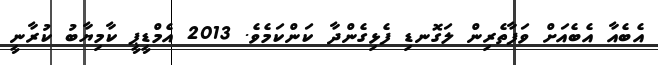
އެބެއާ އެބެއަށް ވަފާތެރިން ލަގޮނޑި ފެޅިގެންދާ ކަންކަމެވެ. 2013 އެމްޑީޕީ ކާމިޔާބު ކުރާނީ